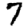
Digit: 7